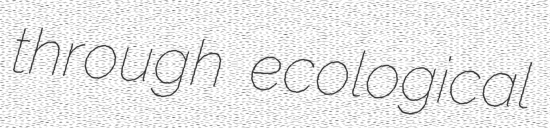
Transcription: through ecological